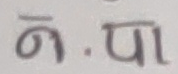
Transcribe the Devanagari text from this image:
ग. पा